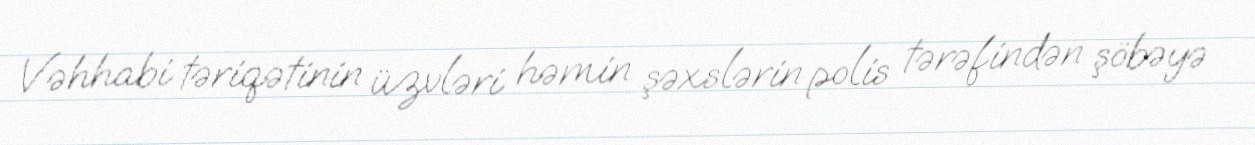
Vəhhabi təriqətinin üzvləri həmin şəxslərin polis tərəfindən şöbəyə